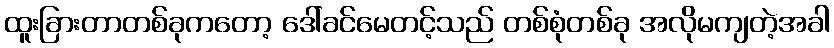
ထူးခြားတာတစ်ခုကတော့ ဒေါ်ခင်မေတင့်သည် တစ်စုံတစ်ခု အလိုမကျတဲ့အခါ